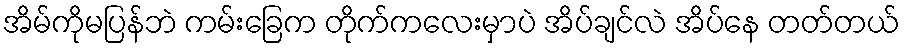
အိမ်ကိုမပြန်ဘဲ ကမ်းခြေက တိုက်ကလေးမှာပဲ အိပ်ချင်လဲ အိပ်နေ တတ်တယ်